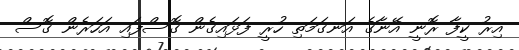
އިރު ކީފާ ރޮނީ އޭނާގެ އަނގަމަތި ހުރީ ފަޅައިގެން ގޮސްފައި އަހަރެން ގޮސް